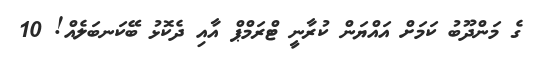
ގެ މަންދޫބު ކަމަށް އައްޔަން ކުރާނީ ޓްރަމްޕް އާއި ދެކޮޅު ބޭކަނބަލެއް! 10